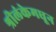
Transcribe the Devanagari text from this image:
श्रीलंकेमधून